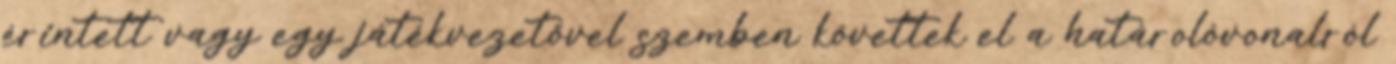
érintett vagy egy játékvezetővel szemben követtek el a határolóvonalról